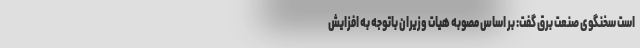
است سخنگوی صنعت برق گفت: بر اساس مصوبه هیات وزیران باتوجه به افزایش